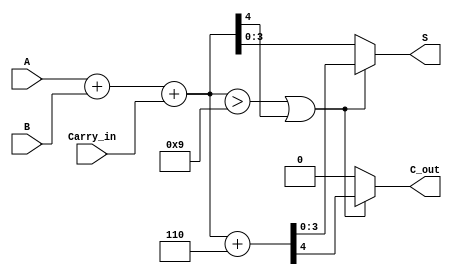
module BCD_Fast_Adder (
    input  [3:0] A,         // First BCD digit
    input  [3:0] B,         // Second BCD digit
    input        Carry_in,   // Carry input from previous addition
    output reg [3:0] S,      // BCD Sum output
    output reg C_out         // Carry output
);

    // Intermediate signals
    wire [4:0] Sum;         // 5-bit sum to hold A + B + Carry_in
    wire Correction;         // Flag to indicate if correction is needed

    // Calculate the initial sum
    assign Sum = A + B + Carry_in;

    // Determine if correction is needed (when Sum > 9)
    assign Correction = (Sum > 9) || (Sum[4] == 1);

    always @(*) begin
        if (Correction) begin
            // Apply correction by adding 6 (0110 in binary)
            {C_out, S} = Sum + 5'b00110; // Note: S is 4 bits, C_out is the carry
        end else begin
            // No correction needed
            C_out = 0;
            S = Sum[3:0]; // Assign lower 4 bits of Sum to S
        end
    end

endmodule